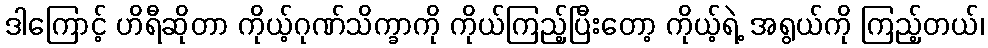
ဒါကြောင့် ဟိရီဆိုတာ ကိုယ့်ဂုဏ်သိက္ခာကို ကိုယ်ကြည့်ပြီးတော့ ကိုယ့်ရဲ့ အရွယ်ကို ကြည့်တယ်၊